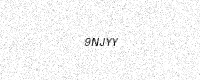
Text: 9NJYY